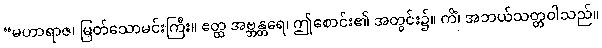
“မဟာရာဇ၊ မြတ်သောမင်းကြီး။ ဧတ္ထ အဗ္ဘန္တရေ၊ ဤစောင်း၏ အတွင်း၌။ ကိံ၊ အဘယ်သတ္တဝါသည်။